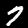
Digit: 7